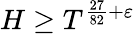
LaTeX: H\geq T^{{\frac{27}{82}}+\varepsilon}